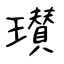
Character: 瓉